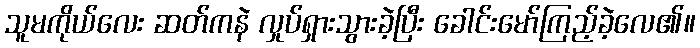
သူမကိုယ်လေး ဆတ်ကနဲ လှုပ်ရှားသွားခဲ့ပြီး ခေါင်းမော်ကြည့်ခဲ့လေ၏။